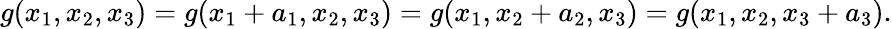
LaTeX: g(x_{1},x_{2},x_{3})=g(x_{1}+a_{1},x_{2},x_{3})=g(x_{1},x_{2}+a_{2},x_{3})=g(x_{1},x_{2},x_{3}+a_{3}).